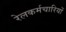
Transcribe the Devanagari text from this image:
रेलकर्मचारियों